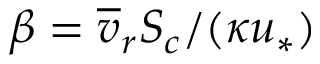
\beta = \overline { { v } } _ { r } S _ { c } / ( \kappa u _ { * } )